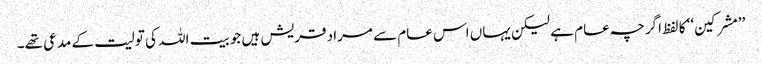
’’مشرکین‘‘ کا لفظ اگرچہ عام ہے لیکن یہاں اس عام سے مراد قریش ہیں جو بیت اللہ کی تولیت کے مدعی تھے۔